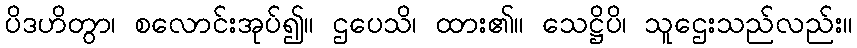
ပိဒဟိတွာ၊ စလောင်းအုပ်၍။ ဌပေသိ၊ ထား၏။ သေဋ္ဌိပိ၊ သူဌေးသည်လည်း။